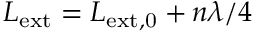
L _ { \mathrm { e x t } } = L _ { \mathrm { e x t , 0 } } + n \lambda / 4